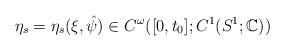
LaTeX: \begin{align*}\eta_s=\eta_s(\xi,\hat{\psi})\in C^{\omega}([0,t_0];C^1(S^1;\mathbb{C}))\end{align*}